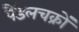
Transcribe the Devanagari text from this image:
पैंडलचक्रों